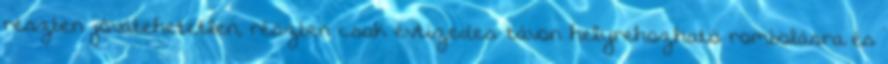
részben jóvátehetetlen, részben csak évtizedes távon helyrehozható rombolásra és